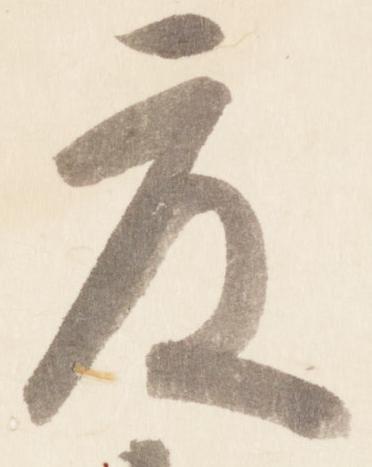
度